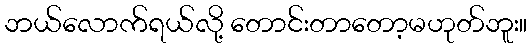
ဘယ်လောက်ရယ်လို့ တောင်းတာတော့မဟုတ်ဘူး။